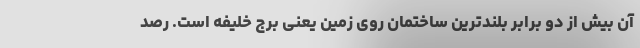
آن بیش از دو برابر بلندترین ساختمان روی زمین یعنی برج خلیفه است. رصد